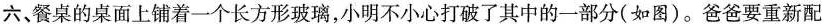
六、餐桌的桌面上铺着一个长方形玻璃，小明不小心打破了其中的一部分(如图)。爸爸要重新配